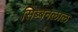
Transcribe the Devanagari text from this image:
सिब्‍बनलाल